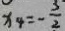
x _ { 4 } = - \frac { 3 } { 2 }